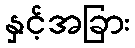
နှင့်အခြား